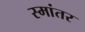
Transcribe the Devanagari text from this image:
स्मांतर